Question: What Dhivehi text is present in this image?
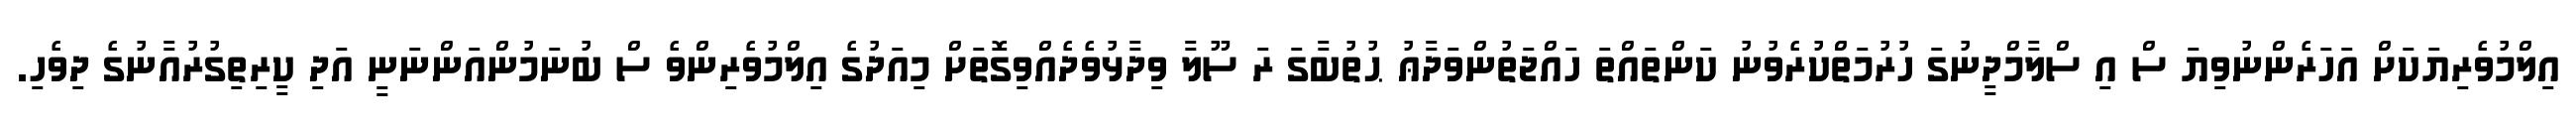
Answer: އިލްމުވެރިޔަކަށް އަހަރެންނުވިޔަ ސް އި ސްލާމްދީނުގަ ހުރުމަތްކުރެވުނު ކަންތައްތަ ހައްޖަތުންވަދާޢު ޙުތުބާގަ ރަ ސޫލާ ވިދާޅުވެދެއްވިގޮތަށް މިއަދުގެ އިލްމުވެރިންވެ ސް ބުނަމުންއަންނަނީ އަދި ކީރިތިގުރުއާނުގެ ދިވެހި.